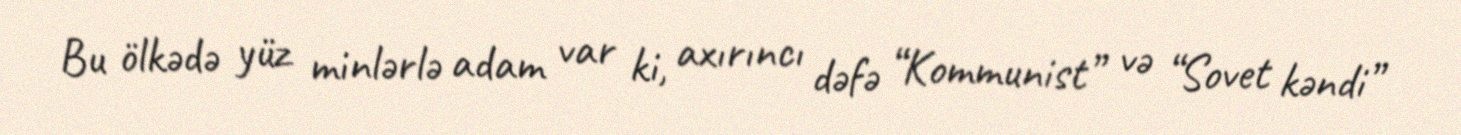
Bu ölkədə yüz minlərlə adam var ki, axırıncı dəfə “Kommunist” və “Sovet kəndi”